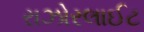
રાઝોરલાઈટ